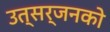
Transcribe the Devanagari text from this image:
उत्सर्जनको